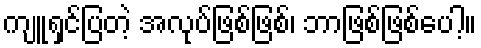
ကျူရှင်ပြတဲ့ အလုပ်ဖြစ်ဖြစ်၊ ဘာဖြစ်ဖြစ်ပေါ့။